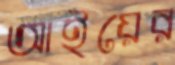
আইয়ের